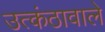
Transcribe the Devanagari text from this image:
उत्कंठावाले